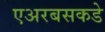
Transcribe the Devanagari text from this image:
एअरबसकडे